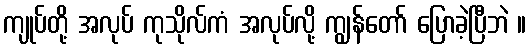
ကျုပ်တို့ အလုပ် ကုသိုလ်ကံ အလုပ်လို့ ကျွန်တော် ပြောခဲ့ပြီဘဲ ။